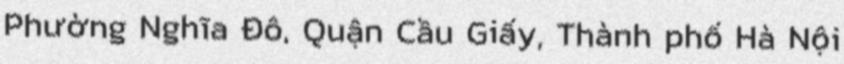
Phường Nghĩa Đô, Quận Cầu Giấy, Thành phố Hà Nội